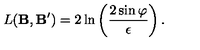
L ( { \bf B } , { \bf B ^ { \prime } } ) = 2 \ln \left( \frac { 2 \sin \varphi } { \epsilon } \right) .